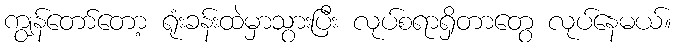
ကျွန်တော်တော့ ရုံးခန်းထဲမှာသွားပြီး လုပ်စရာရှိတာတွေ လုပ်နေမယ်။